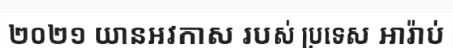
២០២១ យានអវកាស របស់ ប្រទេស អារ៉ាប់